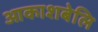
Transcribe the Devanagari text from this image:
आकाशबेलि